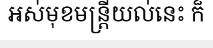
អស់មុខមន្ត្រីយល់នេះ ក៏